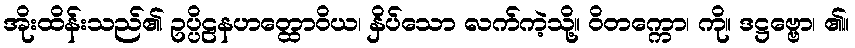
အိုးထိန်းသည်၏ ဥပ္ပိဠနဟတ္ထောဝိယ၊ နှိပ်သော လက်ကဲ့သို့။ ဝိတက္ကော၊ ကို။ ဒဋ္ဌဗ္ဗော၊ ၏။